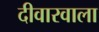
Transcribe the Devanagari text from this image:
दीवारवाला